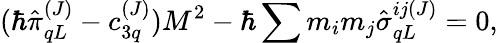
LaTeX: (\hbar\hat{\pi}_{qL}^{(J)}-c_{3q}^{(J)})M^{2}-\hbar\sum m_{i}m_{j}\hat{\sigma}_{qL}^{ij(J)}=0,